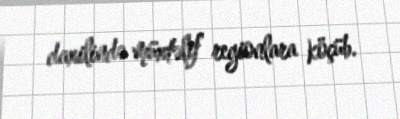
daxilində müxtəlif regionlara köçüb.